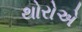
થોરોએ